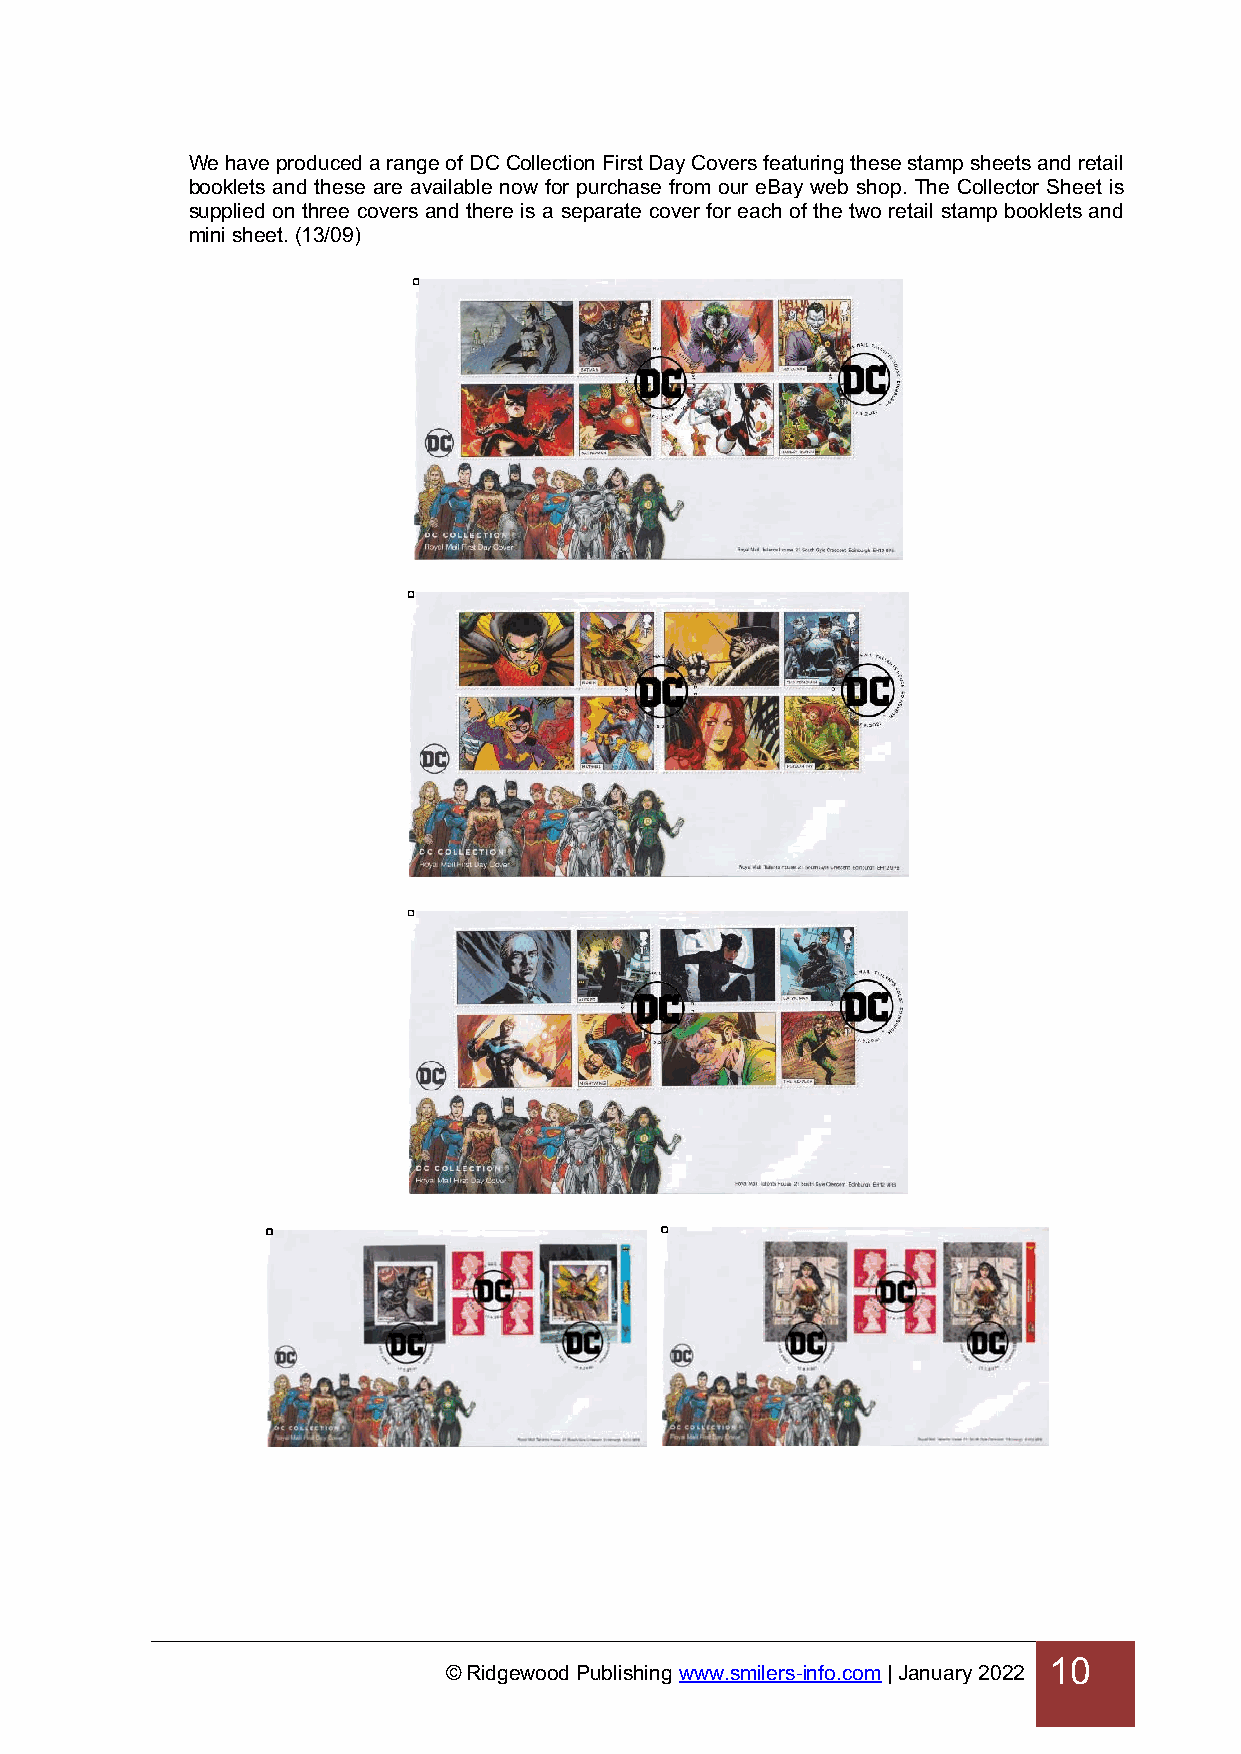
We have produced a range of DC Collection First Day Covers featuring these stamp sheets and retail
 booklets and these are available now for purchase from our eBay web shop. The Collector Sheet is
 supplied on three covers and there is a separate cover for each of the two retail stamp booklets and
 mini sheet. (13/09)
 10
 © Ridgewood Publishing www.smilers-info.com | January 2022